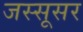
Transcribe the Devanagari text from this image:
जस्सूसर